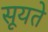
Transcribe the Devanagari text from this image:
सूयते